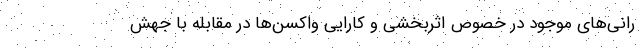
رانی‌های موجود در خصوص اثربخشی و کارایی واکسن‌ها در مقابله با جهش